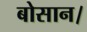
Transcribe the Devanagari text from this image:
बोसान।